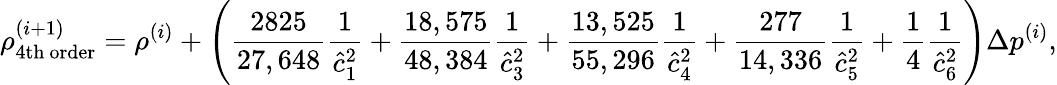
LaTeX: \rho_{\mathrm{4th~order}}^{(i+1)}=\rho^{(i)}+\left(\frac{2825}{27,648}\frac{1}{\hat{c}_{1}^{2}}+\frac{18,575}{48,384}\frac{1}{\hat{c}_{3}^{2}}+\frac{13,525}{55,296}\frac{1}{\hat{c}_{4}^{2}}+\frac{277}{14,336}\frac{1}{\hat{c}_{5}^{2}}+\frac{1}{4}\frac{1}{\hat{c}_{6}^{2}}\right)\Delta p^{(i)},